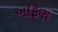
અફિણ